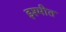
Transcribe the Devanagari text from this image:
इश्मीत